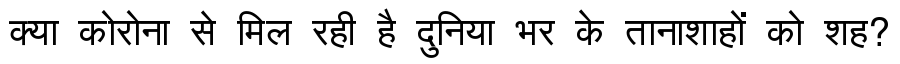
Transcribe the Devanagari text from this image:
क्या कोरोना से मिल रही है दुनिया भर के तानाशाहों को शह?